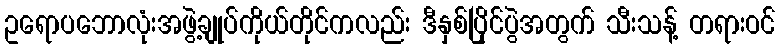
ဥရောပဘောလုံးအဖွဲ့ချုပ်ကိုယ်တိုင်ကလည်း ဒီနှစ်ပြိုင်ပွဲအတွက် သီးသန့် တရားဝင်